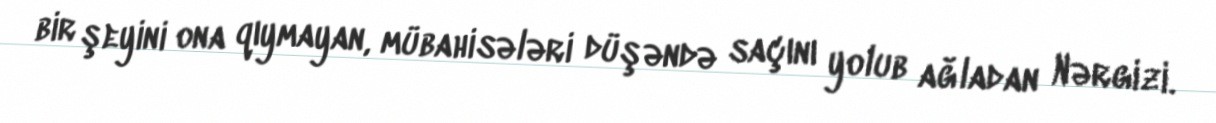
bir şeyini ona qıymayan, mübahisələri düşəndə saçını yolub ağladan Nərgizi.